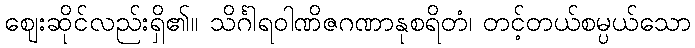
ဈေးဆိုင်လည်းရှိ၏။ သိင်္ဂါရဝါဏိဇဂဏာနုစရိတံ၊ တင့်တယ်စမ္ပယ်သော